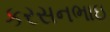
કરસનભાઇ